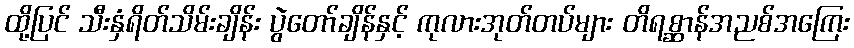
ထို့ပြင် သီးနှံရိတ်သိမ်းချိန်း ပွဲတော်ချိန်နှင့် ကုလားအုတ်တပ်များ တိရစ္ဆာန်အညစ်အကြေး